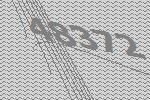
48372